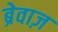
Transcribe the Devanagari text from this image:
ब्रेवाज़